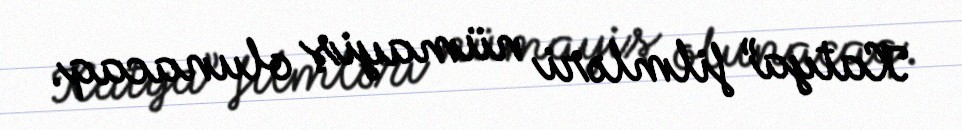
Katya” filmləri nümayiş olunacaq.